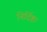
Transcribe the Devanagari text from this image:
निर्दिष्ट।